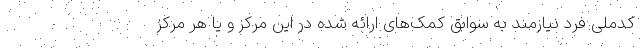
کدملی فرد نیازمند به سوابق کمک‌های ارائه شده در این مرکز و یا هر مرکز